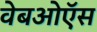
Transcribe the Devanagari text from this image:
वेबओऍस